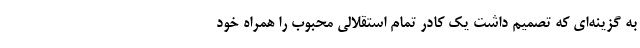
به گزینه‌ای که تصمیم داشت یک کادر تمام استقلالی محبوب را همراه خود